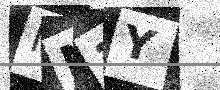
Text: MM3Y